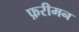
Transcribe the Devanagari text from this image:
फ़रीमन